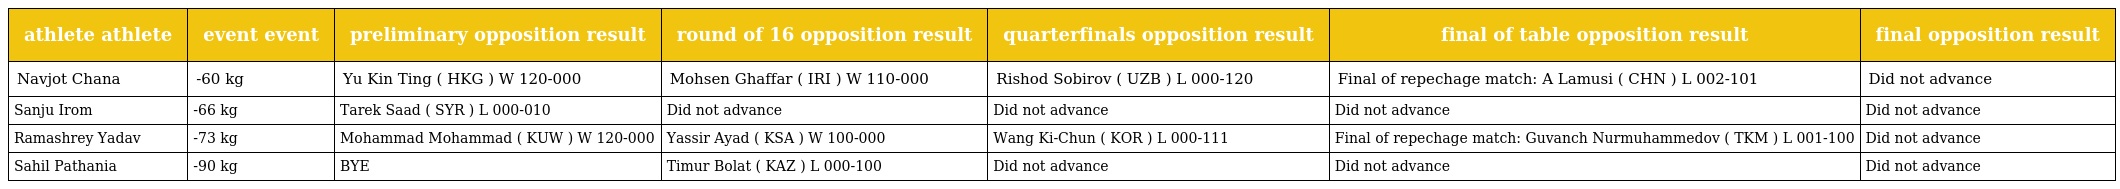
| athlete athlete | event event | preliminary opposition result | round of 16 opposition result | quarterfinals opposition result | final of table opposition result | final opposition result |
 | --- | --- | --- | --- | --- | --- | --- |
 | Navjot Chana | -60 kg | Yu Kin Ting ( HKG ) W 120-000 | Mohsen Ghaffar ( IRI ) W 110-000 | Rishod Sobirov ( UZB ) L 000-120 | Final of repechage match: A Lamusi ( CHN ) L 002-101 | Did not advance |
 | Sanju Irom | -66 kg | Tarek Saad ( SYR ) L 000-010 | Did not advance | Did not advance | Did not advance | Did not advance |
 | Ramashrey Yadav | -73 kg | Mohammad Mohammad ( KUW ) W 120-000 | Yassir Ayad ( KSA ) W 100-000 | Wang Ki-Chun ( KOR ) L 000-111 | Final of repechage match: Guvanch Nurmuhammedov ( TKM ) L 001-100 | Did not advance |
 | Sahil Pathania | -90 kg | BYE | Timur Bolat ( KAZ ) L 000-100 | Did not advance | Did not advance | Did not advance |